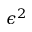
\epsilon ^ { 2 }